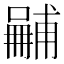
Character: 𠿽